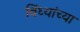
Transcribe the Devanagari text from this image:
विंध्यांच्या